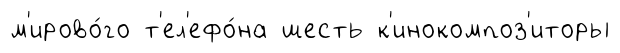
м'ирово́го т'ел'ефо́на шесть к'инокомпоз'иторы